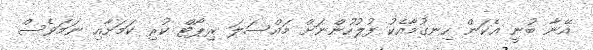
އޭނާ ބުނީ އެކަން ހިނގުމާއެކު ފުލުހުންނަށް މައްސަލަ ރިޕޯޓް ކުރި ކަމަށާއި ނަމަވެސް